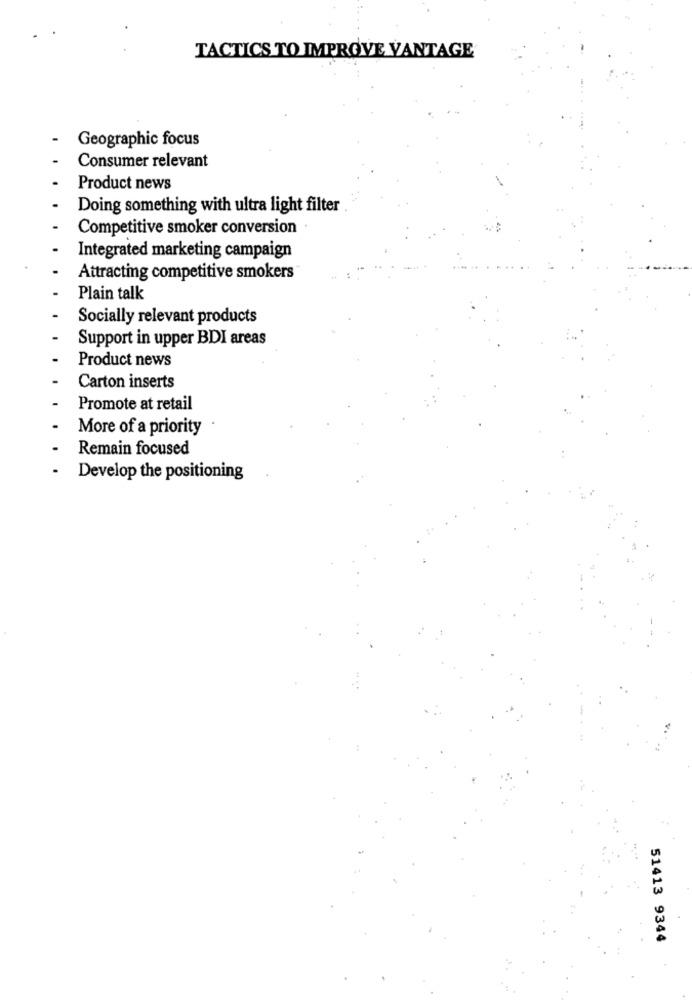
TACTICS TO IMPROVE VANTAGE
Geographic focus
Consumer relevant
Product news
Doing something with ultra light filter
Competitive smoker conversion
Integrated marketing campaign
Attracting competitive smokers
Plain talk
Socially relevant products
Support in upper BDI areas
Product news
Carton inserts
Promote at retail
More of a priority
Remain focused
Develop the positioning
51413 9344